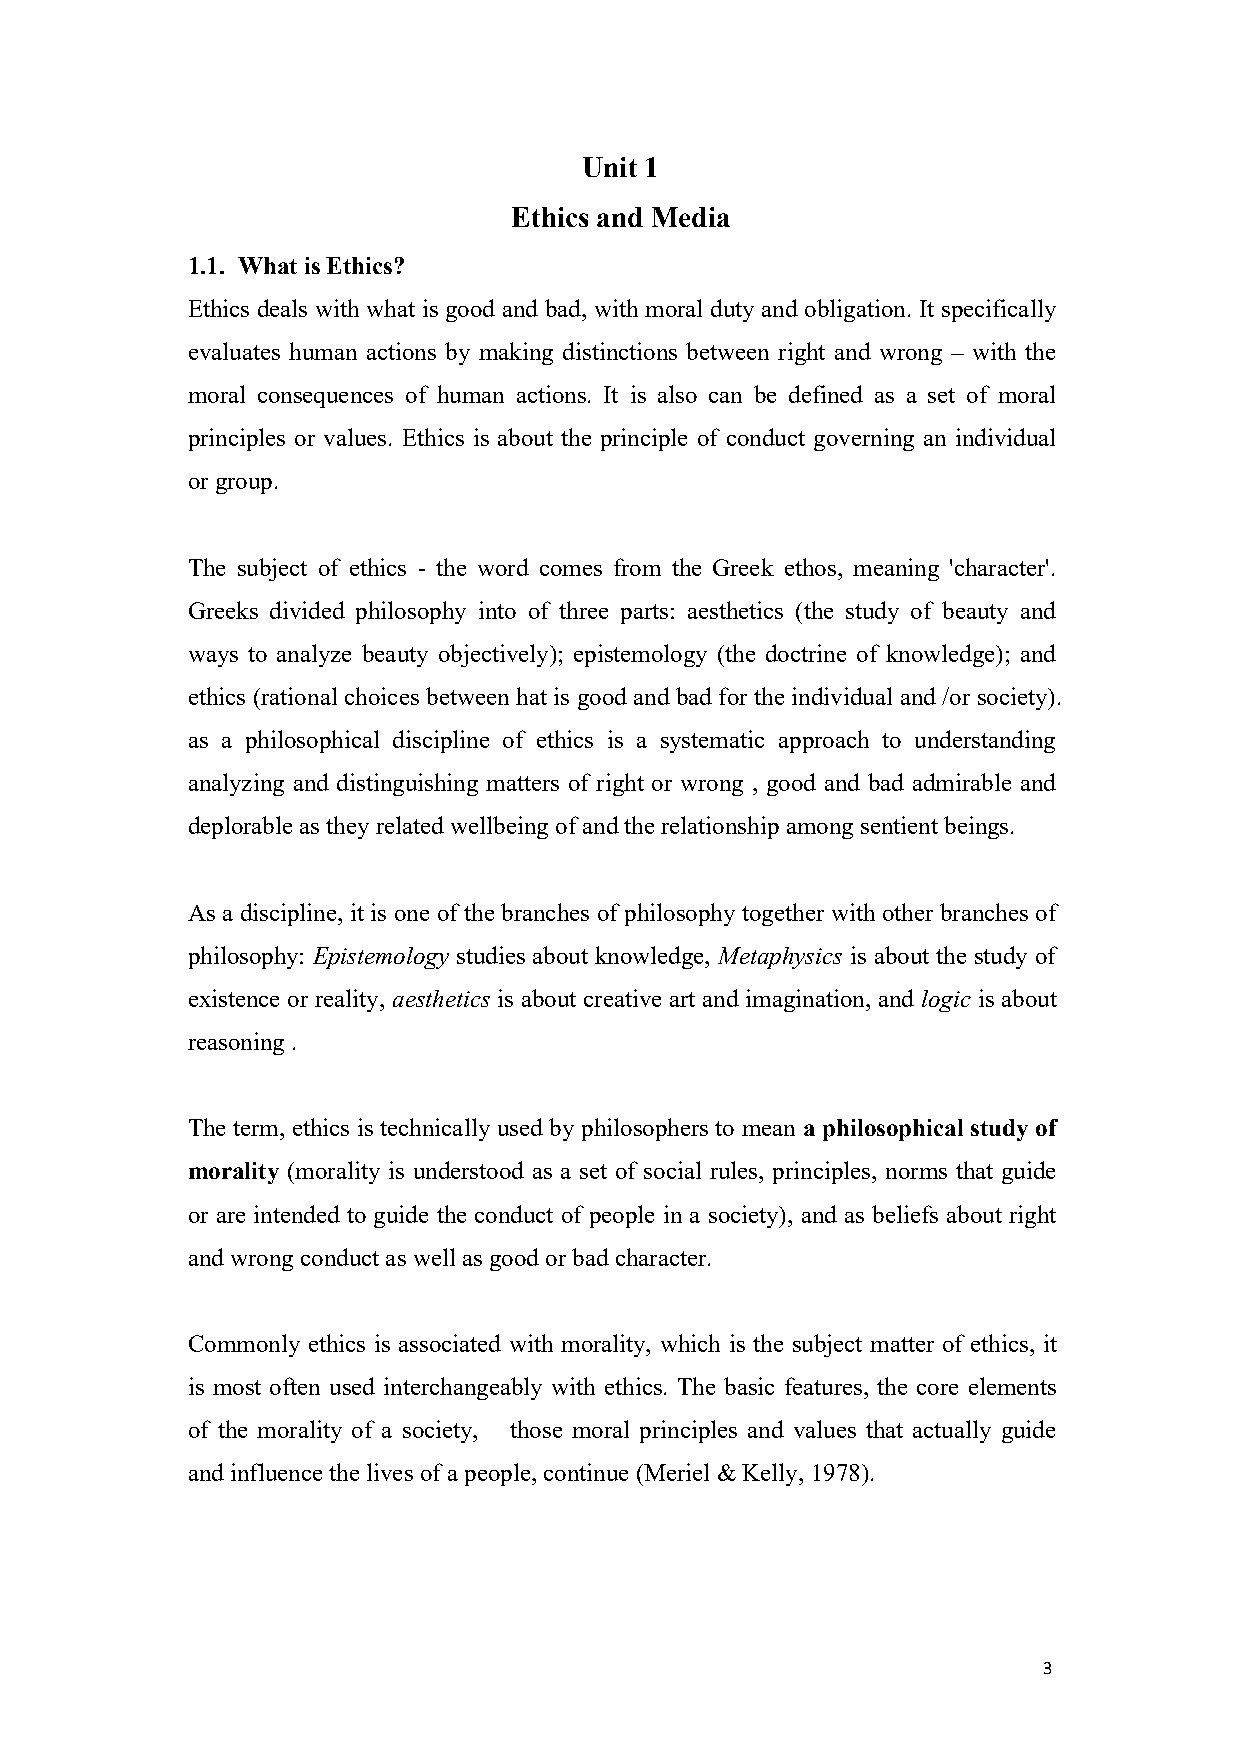
Unit 1
 Ethics and Media
 1.1. WhatisEthics?
 Ethics deals with what is good and bad, with moral duty and obligation. It specifically
 evaluates human actions by making distinctions between right and wrong – with the
 moral consequences of human actions. It is also can be defined as a set of moral
 principles or values. Ethics is about the principle of conduct governing an individual
 orgroup.
 The subject of ethics - the word comes from the Greek ethos, meaning 'character'.
 Greeks divided philosophy into of three parts: aesthetics (the study of beauty and
 ways to analyze beauty objectively); epistemology (the doctrine of knowledge); and
 ethics (rational choices between hat is good and bad for theindividual and /or society).
 as a philosophical discipline of ethics is a systematic approach to understanding
 analyzing and distinguishing matters of right or wrong , good and bad admirable and
 deplorable as they related wellbeing ofand therelationship among sentient beings.
 As a discipline, it is one of the branches of philosophy together with other branches of
 philosophy: Epistemology studies about knowledge, Metaphysics is about the study of
 existence or reality, aesthetics is about creative art and imagination, and logic is about
 reasoning .
 The term, ethics is technically used by philosophers to mean a philosophical study of
 morality (morality is understood as a set of social rules, principles, norms that guide
 or are intended to guide the conduct of people in a society), and as beliefs about right
 and wrong conduct as well as good orbad character.
 Commonly ethics is associated with morality, which is the subject matter of ethics, it
 is most often used interchangeably with ethics. The basic features, the core elements
 of the morality of a society, those moral principles and values that actually guide
 and influence thelives ofa people, continue(Meriel &Kelly, 1978).
 3